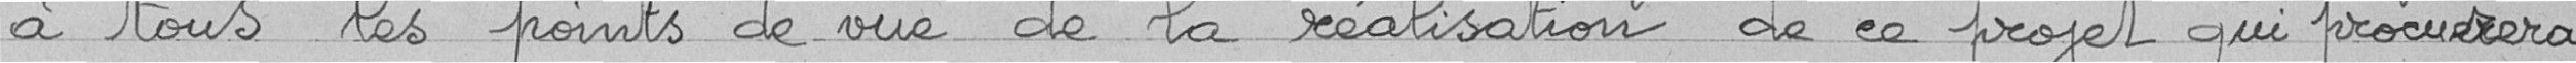
à tous les points de vue de la réalisation de ce projet qui procurera